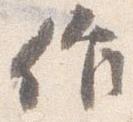
作